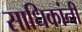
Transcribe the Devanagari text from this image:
साधिकांनी